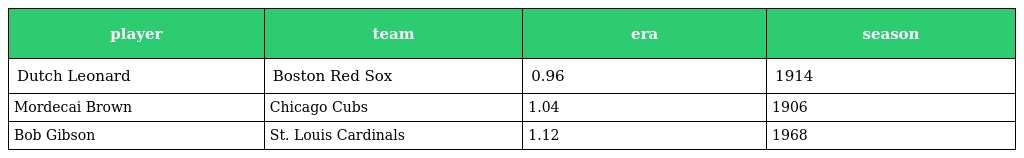
| player | team | era | season |
 | --- | --- | --- | --- |
 | Dutch Leonard | Boston Red Sox | 0.96 | 1914 |
 | Mordecai Brown | Chicago Cubs | 1.04 | 1906 |
 | Bob Gibson | St. Louis Cardinals | 1.12 | 1968 |